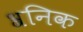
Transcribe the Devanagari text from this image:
श्रनिक